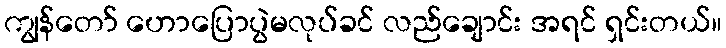
ကျွန်တော် ဟောပြောပွဲမလုပ်ခင် လည်ချောင်း အရင် ရှင်းတယ်။